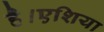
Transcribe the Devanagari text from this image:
है।एशिया